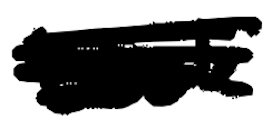
Text: book
Cross-out: scratch
Writing tool: digital_black